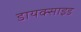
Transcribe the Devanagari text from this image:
डायक्साइड